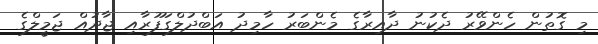
މި ގޮތުން ހެންވޭރު ދެކުނު ދާއިރާގެ މެންބަރު ހާމިދު އަބްދުލްގަފޫރާއި ޖާދުއް ޖަމީލްގެ